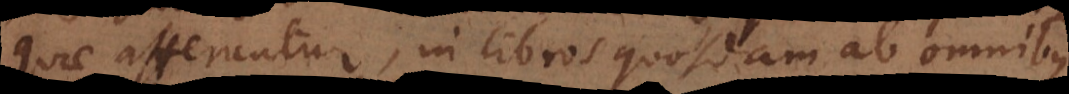
quae afferuntur, in libros quosdam ab omnibus